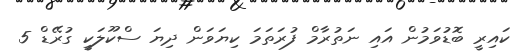
ކައިރީ ބޮޑުވަމުން އައި ނަތުރާމް ފުރަތަމަ ކިޔަވަން ދިޔަ ސްކޫލަކީ ގުރޭޑް 5